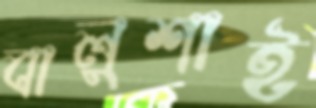
বালুশাই